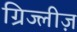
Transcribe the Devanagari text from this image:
ग्रिज्लीज़